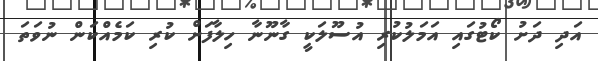
އަދި ދަށު ކޯޓުގައި އަމަލުކުރި އުސޫލަކީ ގާނޫނާ ހިލާފަށް ކުރި ކަމެއްކަން ނުވަތަ